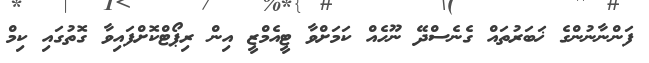
ފަންނާނުންގެ ޚަބަރުތައް ގެނެސްދޭ ނޫހެއް ކަމަށްވާ ޓީއެމްޒީ އިން ރިޕޯޓްކޮށްފައިވާ ގޮތުގައި ކިމް